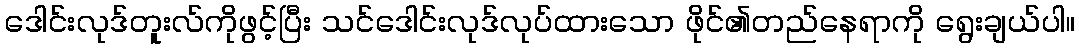
ဒေါင်းလုဒ်တူးလ်ကိုဖွင့်ပြီး သင်ဒေါင်းလုဒ်လုပ်ထားသော ဖိုင်၏တည်နေရာကို ရွေးချယ်ပါ။